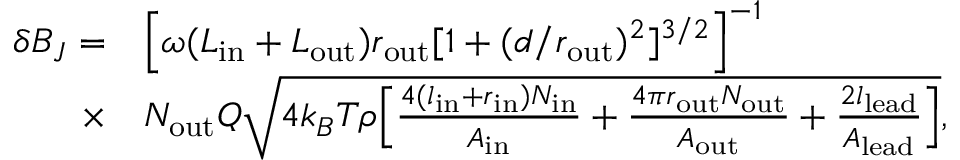
\begin{array} { r l } { \delta B _ { J } = } & { \Big [ { \omega ( L _ { \mathrm { i n } } + L _ { \mathrm { o u t } } ) r _ { \mathrm { o u t } } } [ 1 + ( d / r _ { \mathrm { o u t } } ) ^ { 2 } ] ^ { 3 / 2 } \Big ] ^ { - 1 } } \\ { \times } & { N _ { \mathrm { o u t } } Q \sqrt { 4 k _ { B } T \rho \Big [ \frac { 4 ( l _ { \mathrm { i n } } + r _ { \mathrm { i n } } ) N _ { \mathrm { i n } } } { A _ { \mathrm { i n } } } + \frac { 4 \pi r _ { \mathrm { o u t } } N _ { \mathrm { o u t } } } { A _ { \mathrm { o u t } } } + \frac { 2 l _ { \mathrm { l e a d } } } { A _ { \mathrm { l e a d } } } \Big ] } , } \end{array}